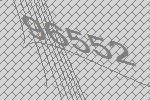
96552